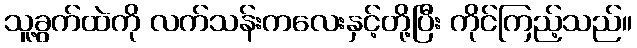
သူ့ခွက်ထဲကို လက်သန်းကလေးနှင့်တို့ပြီး ကိုင်ကြည့်သည်။